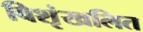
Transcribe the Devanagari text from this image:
विशृंखलित